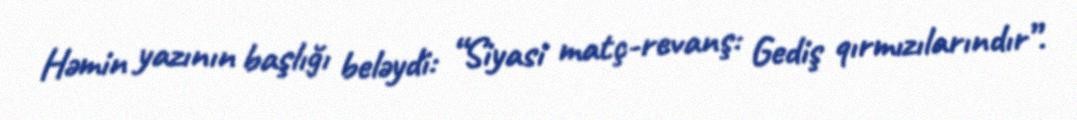
Həmin yazının başlığı beləydi: “Siyasi matç-revanş: Gediş qırmızılarındır”.